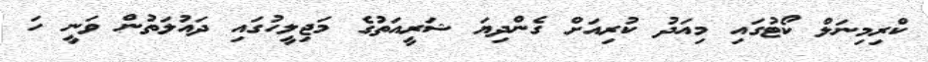
ކްރިމިނަލް ކޯޓުގައި މިއަދު ކުރިއަށް ގެންދިޔަ ޝަރީއަތުގެ މަޖިލީހުގައި ދައުލަތުން ވަނީ ހަ